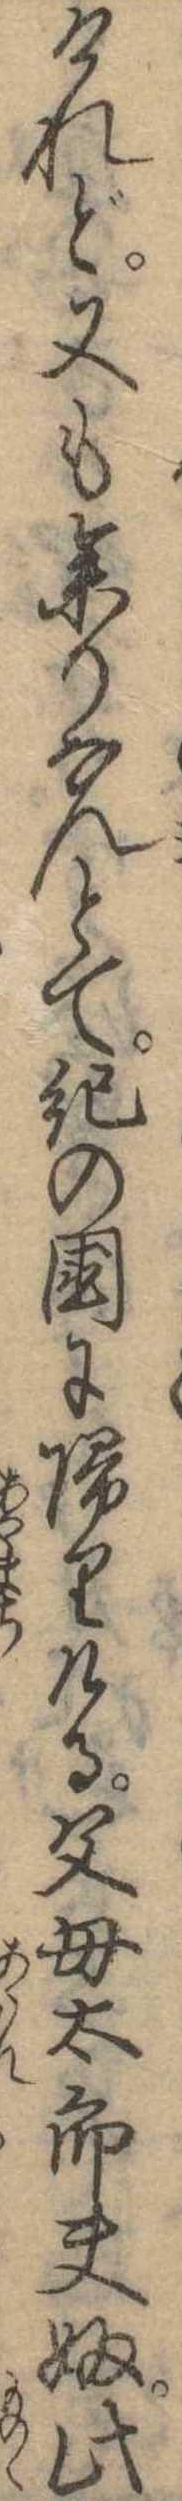
けれど又も参りなんとて紀の国に帰りける父母太郎夫婦此